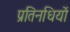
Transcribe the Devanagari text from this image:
प्रतिनधियों